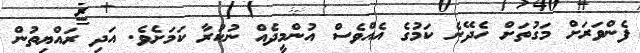
ފެންވަރަށް މަގުތަށް ހެދޭނެ ކަމުގެ އެއްވެސް އުންމީދެއް ނުކުރާ ކަމަށެވެ. އަދި ރައްޔިތުން